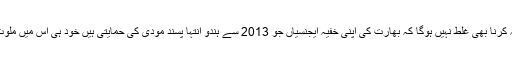
یہ شبہ کرنا بھی غلط نہیں ہوگا کہ بھارت کی اپنی خفیہ ایجنسیاں جو 2013 سے ہندو انتہا پسند مودی کی حمایتی ہیں خود ہی اس میں ملوث ہوں۔